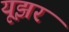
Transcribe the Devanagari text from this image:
यूझर